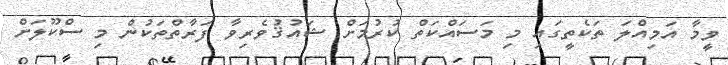
ވީމާ އަމިއްލަ ތަކެތީގައި މި މަސައްކަތް ކުރުމަށް ޝައުޤުވެރިވާ ފަރާތްތަކުން މި ސްކޫލަށް